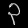
Digit: ၃